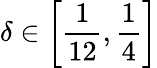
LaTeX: \delta\in\left[\frac{1}{12},\frac{1}{4}\right]